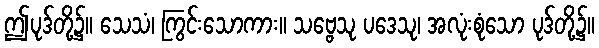
ဤပုဒ်တို့၌။ သေသံ၊ ကြွင်းသောကား။ သဗ္ဗေသု ပဒေသု၊ အလုံးစုံသော ပုဒ်တို့၌။